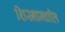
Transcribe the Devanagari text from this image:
शिस्नामधील